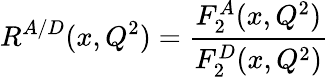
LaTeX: R^{A/D}(x,Q^{2})=\frac{F_{2}^{A}(x,Q^{2})}{F_{2}^{D}(x,Q^{2})}